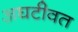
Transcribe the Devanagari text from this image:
अघटीवत